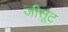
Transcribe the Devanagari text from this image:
जीसूट